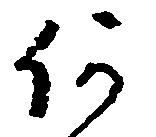
何